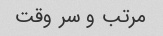
مرتب و سر وقت